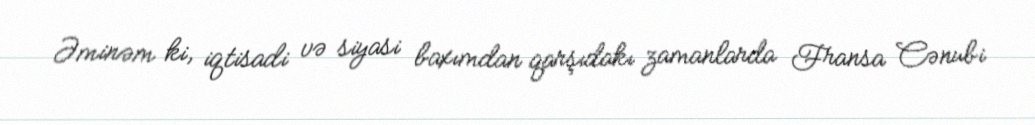
Əminəm ki, iqtisadi və siyasi baxımdan qarşıdakı zamanlarda Fransa Cənubi